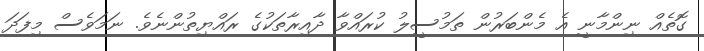
ގޮތެއް ނިންމާނީ އެ މެންބަރުން ތަމުސީލު ކުރައްވާ ދާއިރާތަކުގެ ރައްޔިތުންނެވެ. ނަމަވެސް މިފަދަ